Civil Veterinary Department. Madras. Admin. report 1926-33 - 1926-1933
Year: 1926
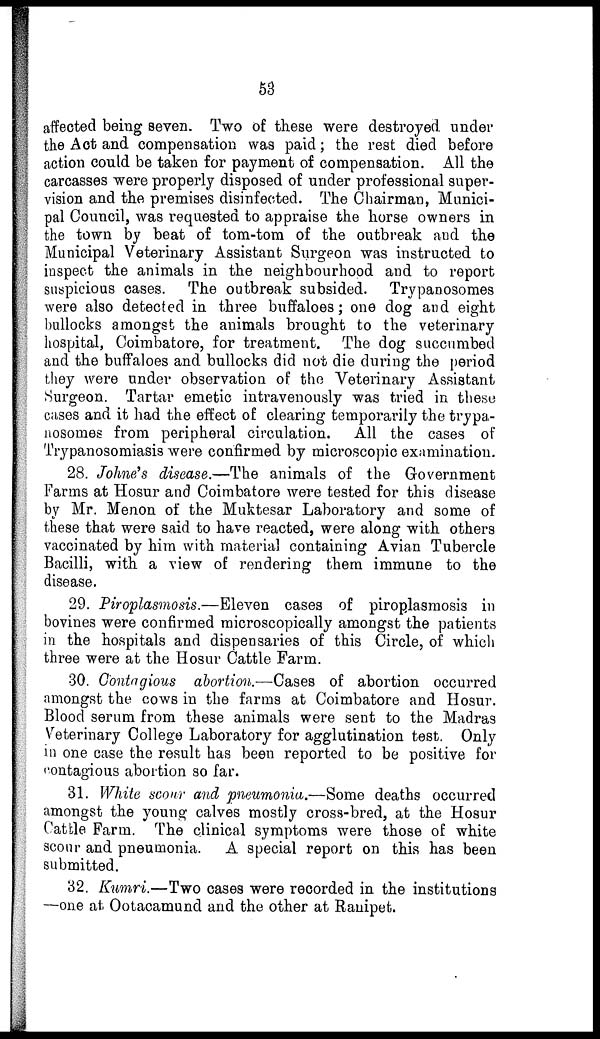
53
affected being seven. Two of these were destroyed under
the Act and compensation was paid; the rest died before
action could be taken for payment of compensation. All the
carcasses were properly disposed of under professional super-
vision and the premises disinfected. The Chairman, Munici-
pal Council, was requested to appraise the horse owners in
the town by beat of tom-tom of the outbreak and the
Municipal Veterinary Assistant Surgeon was instructed to
inspect the animals in the neighbourhood and to report
suspicious cases. The outbreak subsided. Trypanosomes
were also detected in three buffaloes; one dog and eight
bullocks amongst the animals brought to the veterinary
hospital, Coimbatore, for treatment. The dog succumbed
and the buffaloes and bullocks did not die during the period
they were under observation of the Veterinary Assistant
Surgeon. Tartar emetic intravenously was tried in these
cases and it had the effect of clearing temporarily the trypa-
nosomes from peripheral circulation. All the cases of
Trypanosomiasis were confirmed by microscopic examination.
28. Johne's disease.—The animals of the Government
Farms at Hosur and Coimbatore were tested for this disease
by Mr. Menon of the Muktesar Laboratory and some of
these that were said to have reacted, were along with others
vaccinated by him with material containing Avian Tubercle
Bacilli, with a view of rendering them immune to the
disease.
29. Piroplasmosis.—Eleven cases of piroplasmosi3 in
bovines were confirmed microscopically amongst the patients
in the hospitals and dispensaries of this Circle, of which
three were at the Hosur Cattle Farm.
30. Contagious abortion.—Cases of abortion occurred
amongst the cows in the farms at Coimbatore and Hosur.
Blood serum from these animals were sent to the Madras
Veterinary College Laboratory for agglutination test. Only
in one case the result has been reported to be positive for
contagious abortion so far.
31. White scour and pneumonia.—Some deaths occurred
amongst the young calves mostly cross-bred, at the Hosur
Cattle Farm. The clinical symptoms were those of white
scour and pneumonia. A special report on this has been
submitted.
32. Kumri.—Two cases were recorded in the institutions
—one at Ootacamund and the other at Ranipet.